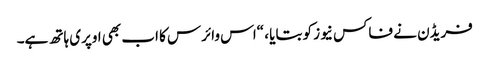
فریڈن نے فاکس نیوز کو بتایا ، “اس وائرس کا اب بھی اوپری ہاتھ ہے۔